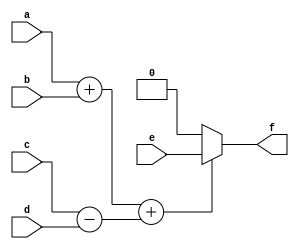
// Code your design here
module fun (a, b, c, d, e, f);

input a,b,c,d,e;
output wire f;

function call;
       input a,b,c,d;	
	begin 
	call = ((a+b)+(c-d));
end
endfunction

assign f = (call(a,b,c,d)) ? e:0;

endmodule